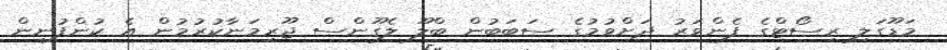
މަޑޫގަލި ރިސޯޓްގެ ފެންވަރު ދަށްވުމުގެ ސަބަބުން ބްލޫ ލެގޫންސް ޖޫރިމަނާކުރުމުން އެ ކުންފުނިން